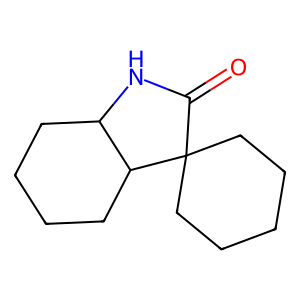
SMILES: O=C1NC2CCCCC2C12CCCCC2
Inhibits HIV replication: No